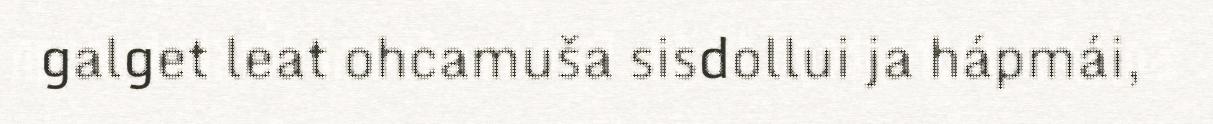
galget leat ohcamuša sisdollui ja hápmái,